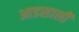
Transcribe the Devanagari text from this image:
आडसाली